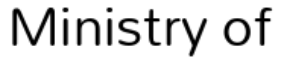
Ministry of